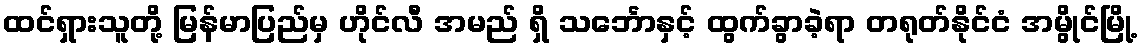
ထင်ရှားသူတို့ မြန်မာပြည်မှ ဟိုင်လီ အမည် ရှိ သင်္ဘောနှင့် ထွက်ခွာခဲ့ရာ တရုတ်နိုင်ငံ အမွိုင်မြို့